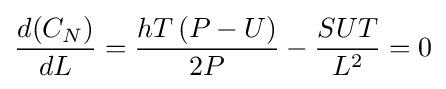
{\frac {d(C_{N})}{dL}}={\frac {hT\left(P-U\right)}{2P}}-{\frac {SUT}{L^{2}}}=0